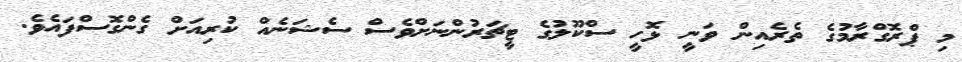
މި ޕްރޮގްރާމުގެ ތެރެއިން ވަނީ ޅޮހީ ސްކޫލުގެ ޓީޗަރުންނަށްވެސް ސެޝަނެއް ކުރިއަށް ގެންގޮސްފައެވެ.